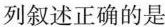
列叙述正确的是